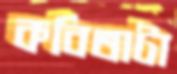
কবিতাটা